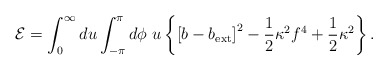
\begin{align*}{\cal E}=\int_0^\infty du\int_{-\pi}^\pi d\phi\ u\left\{\left[b-b_{\rm ext}\right]^2-\frac{1}{2}\kappa^2f^4+\frac{1}{2}\kappa^2\right\}.\end{align*}